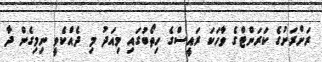
ރަށްރަށުގެ ކަރަންޓްގެ ވާހަކަ ރައީސްގެ ހިތޯބުގައި މިއަދު މި ދެއްކެވީ ނިމިގެން ދާ